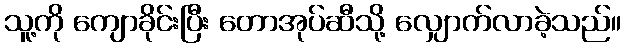
သူ့ကို ကျောခိုင်းပြီး တောအုပ်ဆီသို့ လျှောက်လာခဲ့သည်။